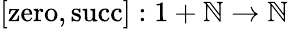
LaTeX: [\mathrm{zero},\mathrm{succ}]:1+\mathbb{N}\to\mathbb{N}